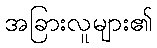
အခြားလူများ၏